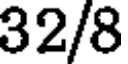
32/8